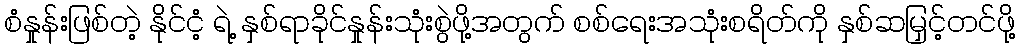
စံနှုန်းဖြစ်တဲ့ နိုင်ငံ့ ရဲ့ နှစ်ရာခိုင်နှုန်းသုံးစွဲဖို့အတွက် စစ်ရေးအသုံးစရိတ်ကို နှစ်ဆမြှင့်တင်ဖို့